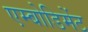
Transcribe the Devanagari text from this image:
एम्बोडिमेंट